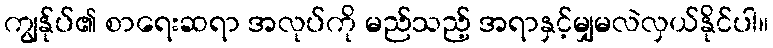
ကျွန်ုပ်၏ စာရေးဆရာ အလုပ်ကို မည်သည့် အရာနှင့်မျှမလဲလှယ်နိုင်ပါ။